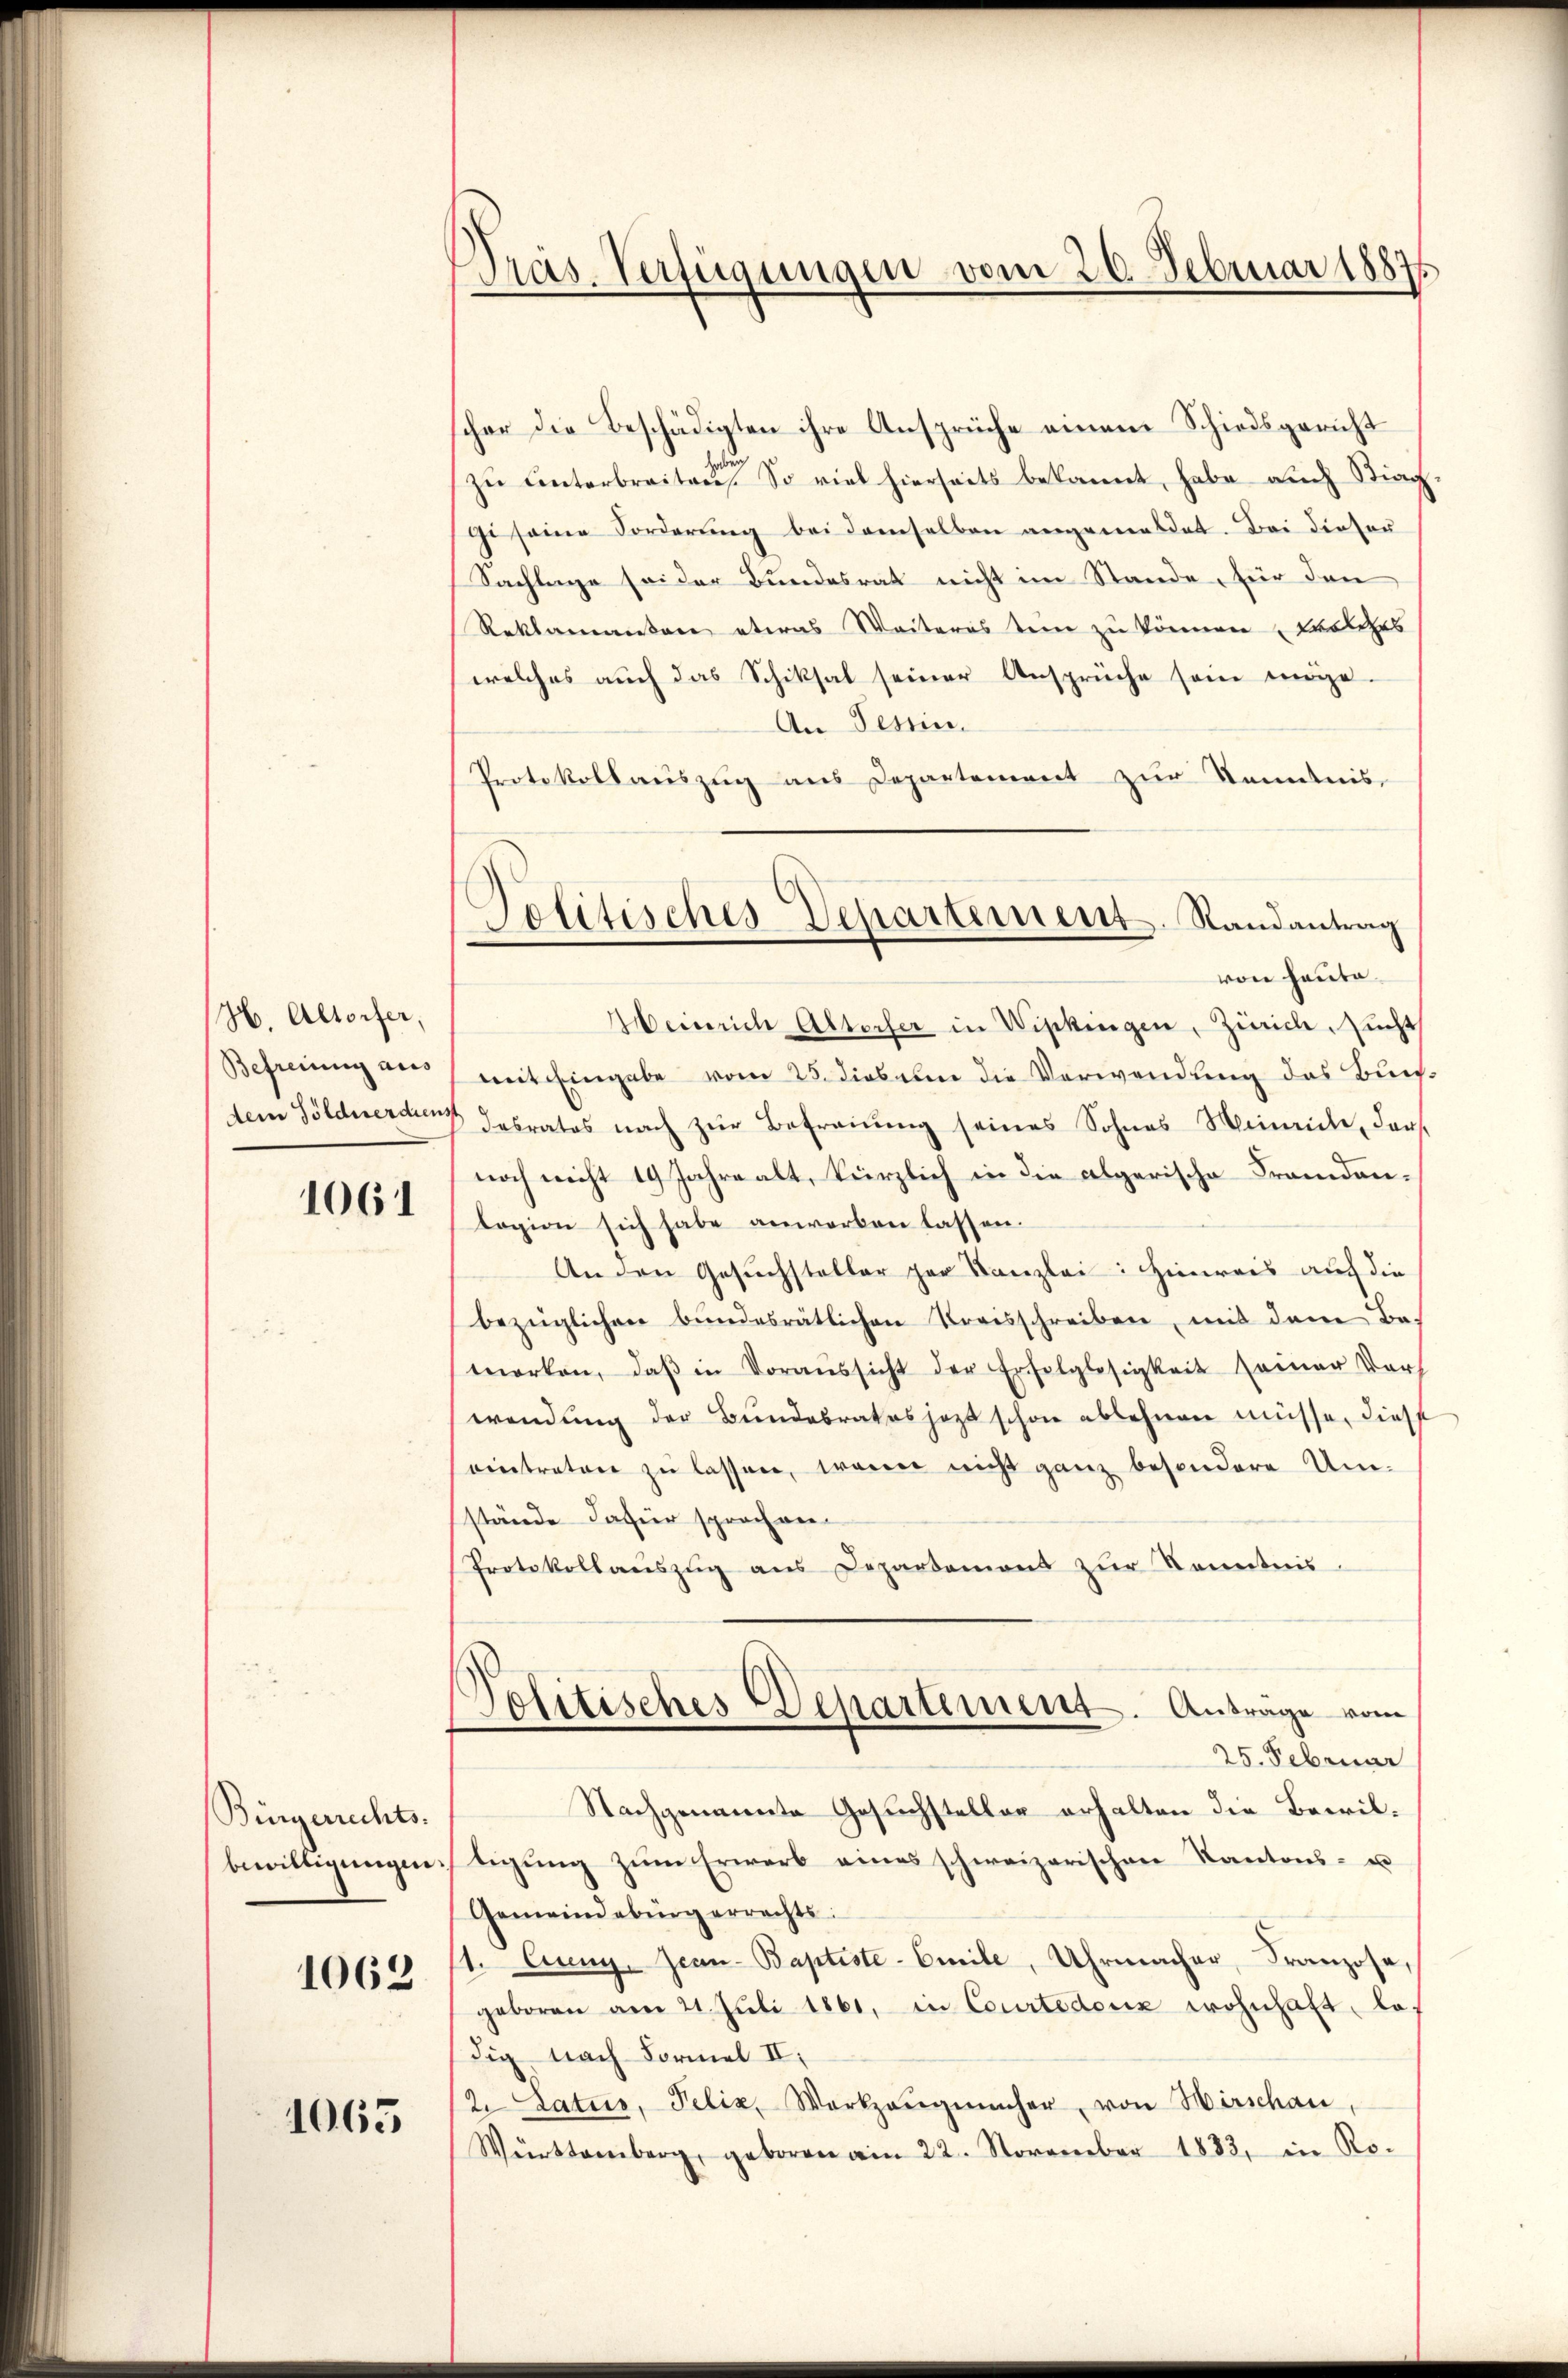
H. Altorfer,
Befreiung aus
dem Söldnerdiens

1061

Bürgerrechts.
bewilligungen.
1062

1065

pras. Verfügungen vom 20. Februar 18875

cher die Beschädigten ihre Ansprüche einem Schiedsgericht
n
zŭ Unterbreiten. So viel hierseits bekannt, habe auch Stiag
gi seine Forderung bei demselben angemeldet. Bei dieser
Sachlage sei der Bundesrat nicht im Stande, für den
Reklamanten etwas Weiteres ten zu können welches
welches auch das Schiksal seiner Ansprüche sein möge.
An Tessin.
Protokollauszug aus Departement zur Kenntnis
Heinrich Altorfer in Wipkingen, Zürich, Zucht
mit Eingabe vom 25. diesem die Verwendung des Buch¬
7 desrates nach zŭr Befraŭŭng seines Sohnes Minute, ders
noch nicht 19 Jahre alt, kürzlich in die algerische Frandanlagion sich habe anworben lassen.
An den Gesuchsteller per Kanzlei: Hinweis auf die
bezüglichen bundesrätlichen Kreisschreiben, mit dem Be-
merken, daβ in Voraŭssicht der Erfolglosigkeit seiner Ver-
wendung der Bundebrates jezt schon ablehnen müsse, diese
eintreten zu lassen, wenn nicht ganz besondere Umstände dafür sprochen-
Protokollaŭszŭg ans Departemons zŭr Kenntnis.
Politisches Departement. Antrage vom
25. Februar
Nachgenannte Gesuchsteller erhalten die Bewiltigŭng zŭm Erwarb eines schweizerischen Kantons- u
Gemeindebürgerrechts:
1. Juny, Jean-Baptiste-Emile, Uhrmacher, Franzose,
geboren am 21. Juli 1861, in Courtedouz wohnhaft los
dig nach Formal II.
2 Latus, Felix Werkzeŭgnincher, von Hirschau
Württemberg, geboren am 22. November 1832. in Ro-

Politisches Departement. Randantrag
von Hauta